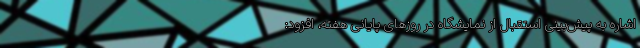
اشاره به ‌پیش‌بینی استقبال از نمایشگاه در روزهای پایانی هفته، افزود: